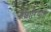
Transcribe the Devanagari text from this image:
ज़ेशारियाह